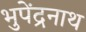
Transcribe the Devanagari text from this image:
भुपेंद्रनाथ